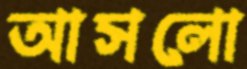
আসলো